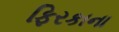
ફિરકાના